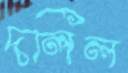
দলিল